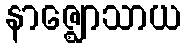
နာဇ္ဈောသာယ